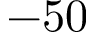
- 5 0